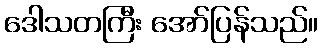
ဒေါသတကြီး အော်ပြန်သည်။